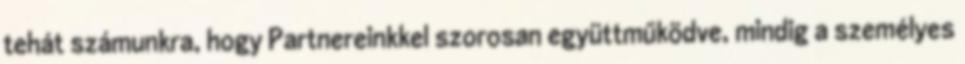
tehát számunkra, hogy Partnereinkkel szorosan együttműködve, mindig a személyes